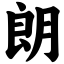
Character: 朗